Civil Veterinary Department. Madras. Admin. report 1926-33 - 1926-1933
Year: 1926
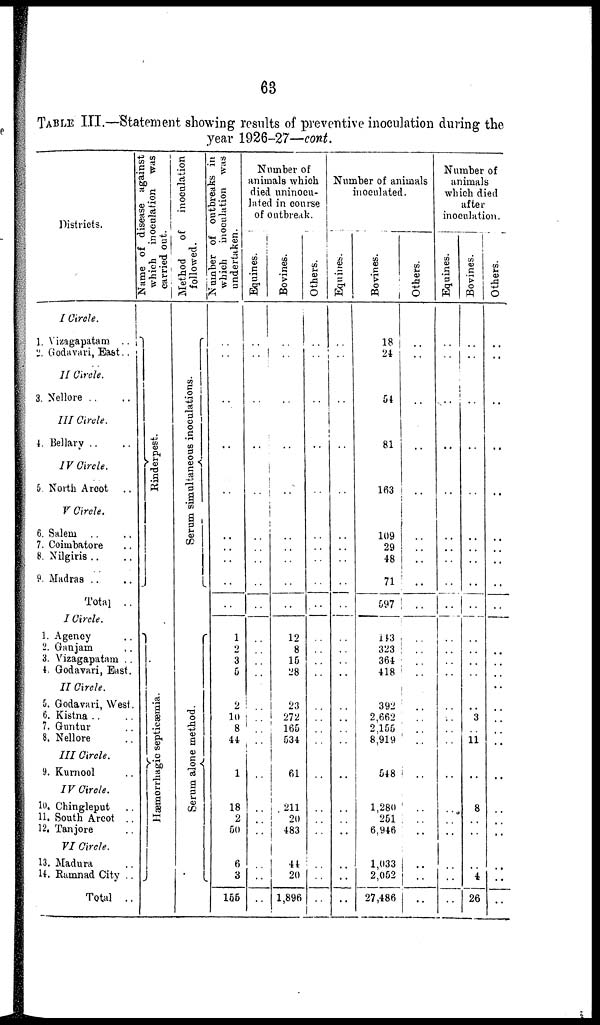
63
TABLE III.—Statement showing results of preventive inoculation during the
year 1926-27—cont.
Districts.
I Circle.
1. Vizagapatam ..
2. Godavari, East ..
II Circle.
3. Nellore .. ..
III Circle.
4. Bellary .. ..
IV Circle.
5. North Arcot ..
V Circle.
6. Salem
7. Coimbatore ..
8. Nilgiris .. ..
9. Madras
Total ..
I Circle.
1. Agency ..
2. Ganjam ..
3. Vizagapatam ..
4. Godavari, East.
II Circle.
5. Godavari, West.
6. Kistna .. ..
7. Guntur ..
8. Nellore ..
III Circle.
9. Kurnool ..
IV Circle.
10. Chingleput ..
11. South Arcot ..
12. Tanjore
VI Circle.
13. Madura
14. Ramnad City ..
Total ..
Name of disease against
which inoculation was
carried out.
Rinderpest.
Hæmorrhagie septicæmia.
Method
of inoculation
followed.
Se r
um simultaneous inoculations.
Se r
um alone method.
Number of outbreaks in
which
inoculation was
undertaken.
..
..
..
..
..
..
..
..
..
..
1
2
3
5
2
10
8
44
1
18
2
50
6
3
155
Number of
animals which
died iininocu-
lated in course
of outbreak.
Equines.
..
..
..
..
..
..
..
..
..
..
..
..
..
..
..
..
..
..
..
..
..
..
..
..
..
Bovines.
..
..
..
..
..
..
..
..
..
..
12
8
15
28
23
272
165
534
61
211
20
483
44
20
1,896
Others.
..
..
..
..
..
..
..
..
..
..
..
..
..
..
..
..
..
..
..
..
..
..
..
..
..
Number of animals
inoculated.
Equines.
..
..
..
..
..
..
..
..
..
..
..
..
..
..
..
..
..
..
..
..
..
..
..
..
..
Bovines.
18
24
54
81
163
109
29
48
71
597
143
..
364
418
392
2,662
2,155
8,919
548
1,280
251
6,946
1,033
2,052
27,486
Others.
..
..
..
..
..
..
..
..
..
..
..
..
..
..
..
..
..
..
..
..
..
..
..
..
..
Number of
animals
which died
after
inoculation.
Equines.
..
..
..
..
..
..
..
..
..
..
..
..
..
..
..
..
..
..
..
..
..
..
..
..
Bovines.
..
..
..
..
..
..
..
..
..
..
..
..
..
..
..
3
..
11
..
8
..
..
..
4
26
Others.
..
..
..
..
..
..
..
..
..
..
..
..
..
..
..
..
..
..
..
..
..
..
..
..
..